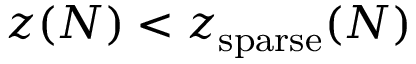
z ( N ) < z _ { \mathrm { s p a r s e } } ( N )